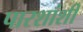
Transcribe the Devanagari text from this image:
पारशांशी